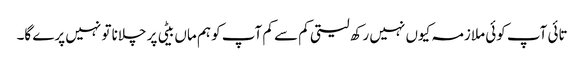
تائی آپ کوئی ملازمہ کیوں نہیں رکھ لیتی کم سے کم آپ کو ہم ماں بیٹی پر چلانا تو نہیں پرے گا۔